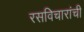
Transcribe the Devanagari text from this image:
रसविचारांची